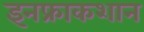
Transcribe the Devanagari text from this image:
इनफ्राकशान